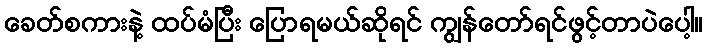
ခေတ်စကားနဲ့ ထပ်မံပြီး ပြောရမယ်ဆိုရင် ကျွန်တော်ရင်ဖွင့်တာပဲပေါ့။